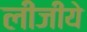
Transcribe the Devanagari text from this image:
लीजीये